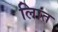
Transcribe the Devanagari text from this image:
लिात